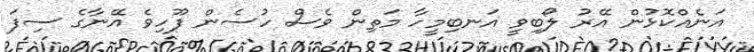
އަނެއްކޮޅުން އޭރު ލޯބިވީ އަނބިމީހާ މަތިން ވެސް ހުސެން ފޫހިވެ އޭނާގެ ސިފަ